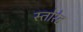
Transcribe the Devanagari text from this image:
स्तोरेड